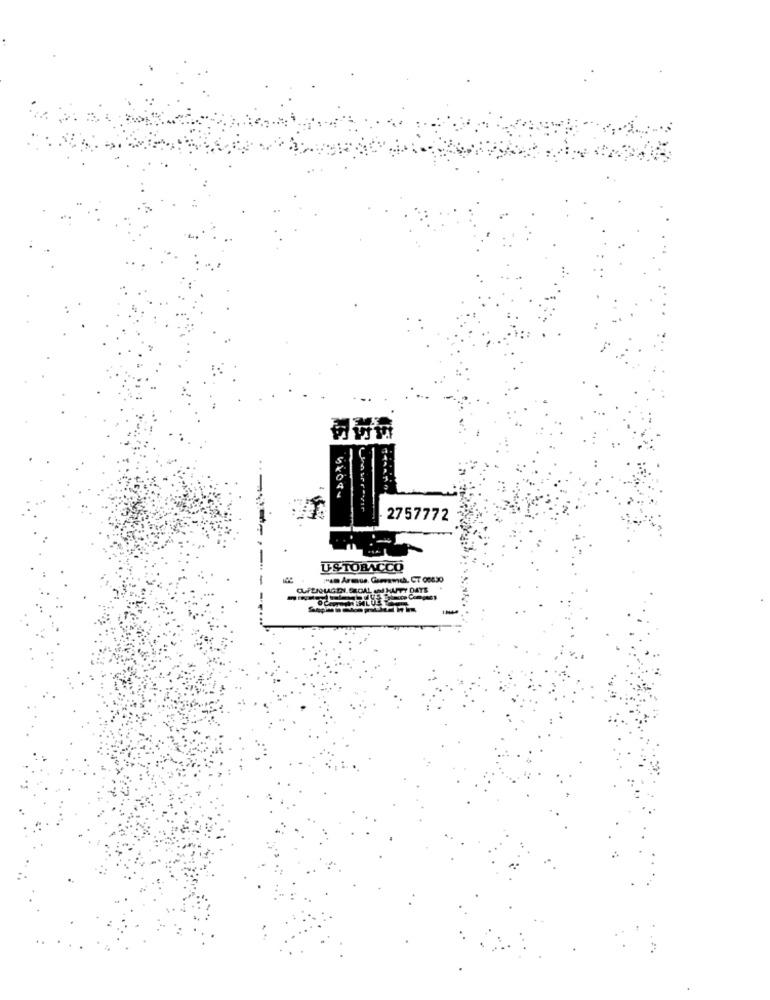
2757772
USTOBACCO
"am Armus, Geramch, CT 00830
CUPENLAGEN. SROAL MI HAFTY DATE